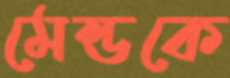
মেন্ডকে